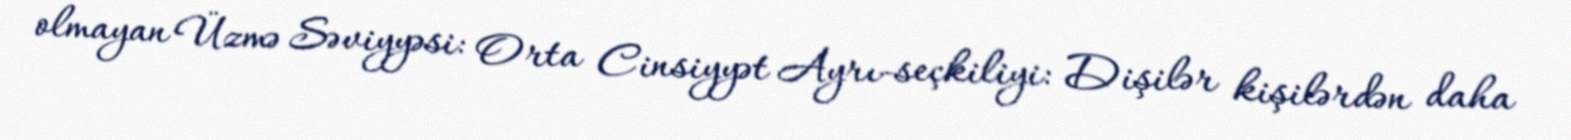
olmayan Üzmə Səviyyəsi: Orta Cinsiyyət Ayrı-seçkiliyi: Dişilər kişilərdən daha